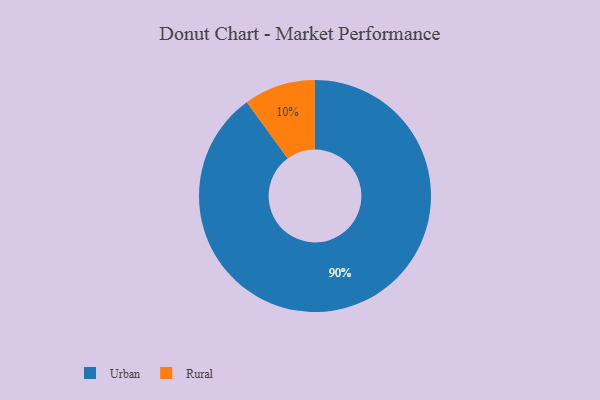
{"axis": {"x": "Category", "y": "Percentage"}, "legend": ["Rural", "Urban"], "data": [{"x": "Rural", "y": 10, "type": "Rural"}, {"x": "Urban", "y": 90, "type": "Urban"}]}